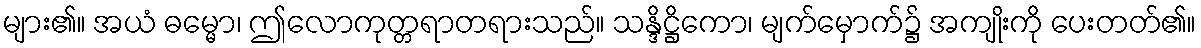
များ၏။ အယံ ဓမ္မော၊ ဤလောကုတ္တရာတရားသည်။ သန္ဒိဋ္ဌိကော၊ မျက်မှောက်၌ အကျိုးကို ပေးတတ်၏။